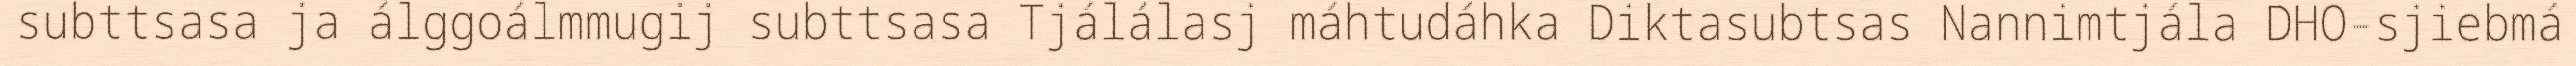
subttsasa ja álggoálmmugij subttsasa Tjálálasj máhtudáhka Diktasubtsas Nannimtjála DHO-sjiebmá